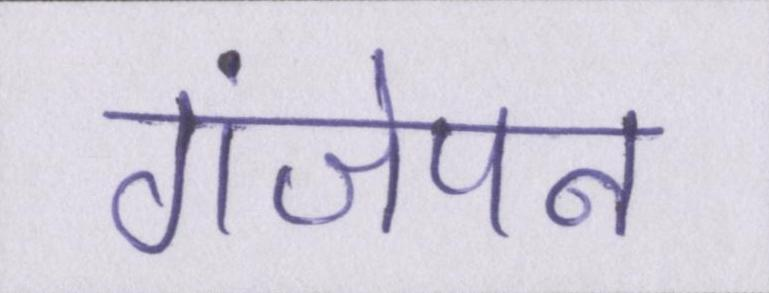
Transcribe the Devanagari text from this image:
गंजेपन